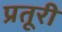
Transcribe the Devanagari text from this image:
प्रतूरी